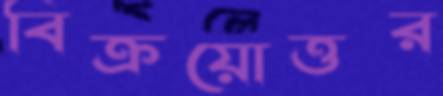
বিক্রয়োত্তর